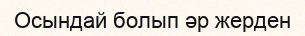
Осындай болып әр жерден